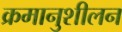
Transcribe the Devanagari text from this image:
क्रमानुशीलन